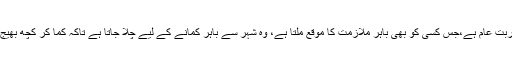
یہاں غربت عام ہے،جس کسی کو بھی باہر ملازمت کا موقع ملتا ہے، وہ شہر سے باہر کمانے کے لیے چلا جاتا ہے تاکہ کما کر کچھ بھیج سکے۔